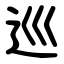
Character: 巡